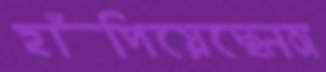
হাঁপিয়েছেনঅ